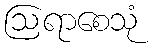
ဩရာစေသုံ